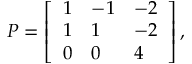
P = \left[ \begin{array} { l l l } { 1 } & { - 1 } & { - 2 } \\ { 1 } & { 1 } & { - 2 } \\ { 0 } & { 0 } & { 4 } \end{array} \right] ,